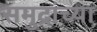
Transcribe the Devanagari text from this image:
समुद्रांच्या